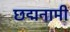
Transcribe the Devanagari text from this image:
छद्मनामी